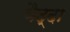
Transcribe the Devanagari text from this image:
वैद्दा